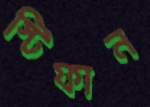
স্টিফান